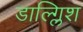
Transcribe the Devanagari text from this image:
डाल्ग्लिश